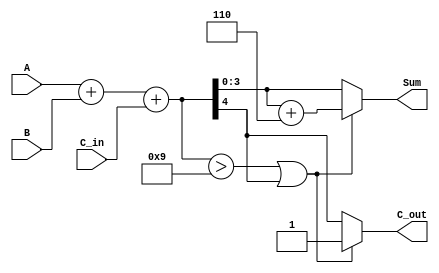
module BCD_Async_Adder (
    input  wire [3:0] A,      // First BCD digit
    input  wire [3:0] B,      // Second BCD digit
    input  wire C_in,         // Carry input
    output reg  [3:0] Sum,    // BCD sum output
    output reg  C_out         // Carry output
);

    // Internal wires for binary sum and carry
    wire [4:0] binary_sum; // 5 bits to accommodate carry
    wire correction_needed;

    // Step 1: Binary Addition
    assign binary_sum = A + B + C_in;

    // Step 2: BCD Correction Logic
    // Correction is needed if:
    // 1. The binary sum exceeds 9 (i.e., binary_sum > 9)
    // 2. There is a carry out (i.e., binary_sum[4] == 1)
    assign correction_needed = (binary_sum > 9) || (binary_sum[4]);

    always @* begin
        if (correction_needed) begin
            // Apply correction by adding 6 (0b0110)
            Sum = binary_sum[3:0] + 4'b0110;
            C_out = 1; // Set carry out as correction was applied
        end else begin
            Sum = binary_sum[3:0];
            C_out = binary_sum[4]; // Carry out from the binary addition
        end
    end

endmodule